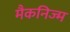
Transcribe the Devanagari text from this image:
मैकनिज्म